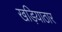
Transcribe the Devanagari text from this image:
खड़ियाठार